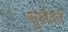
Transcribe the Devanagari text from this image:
सूर्यावर्त